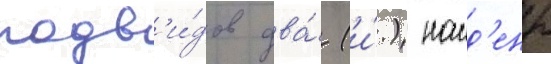
подв'и́дов два́ (и́.) наид'ены